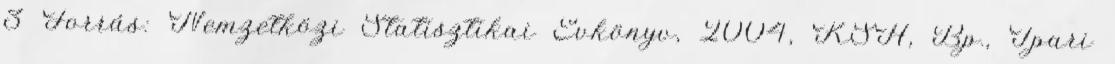
3 Forrás: Nemzetközi Statisztikai Évkönyv, 2004, KSH, Bp., Ipari